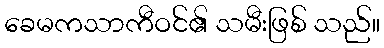
ခေမကသာကီဝင်၏ သမီးဖြစ် သည်။